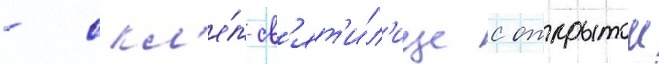
- скл'е́п-св'ят'и́л'ище с открытои